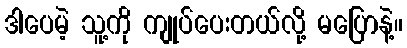
ဒါပေမဲ့ သူ့ကို ကျုပ်ပေးတယ်လို့ မပြောနဲ့။